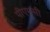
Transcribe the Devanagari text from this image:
पीएमसी